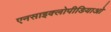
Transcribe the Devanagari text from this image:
एनसाइक्लोपीडियाओ